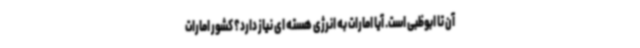
آن تا ابوظبی است. آیا امارات به انرژی هسته ای نیاز دارد؟ کشور امارات